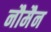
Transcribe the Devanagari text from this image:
नौमैन